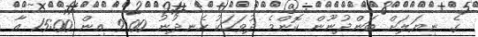
ގެ ނިޔަލަށް ބަންދުނޫން ކޮންމެ ދުވަހަކު ހެނދުނު 9:00 އިން 15:00 އާ